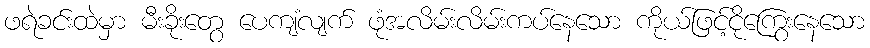
ဖရဲခင်းထဲမှာ မီးခိုးတွေ ပေကျံလျက် ဖုံအလိမ်းလိမ်းကပ်နေသော ကိုယ်ဖြင့်ငိုကြွေးနေသော